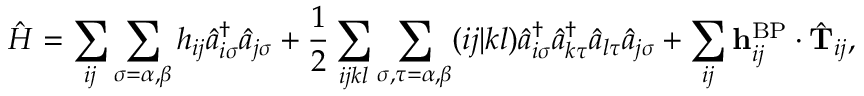
\hat { H } = \sum _ { i j } \sum _ { \sigma = \alpha , \beta } h _ { i j } \hat { a } _ { i \sigma } ^ { \dagger } \hat { a } _ { j \sigma } + \frac { 1 } { 2 } \sum _ { i j k l } \sum _ { \sigma , \tau = \alpha , \beta } ( i j | k l ) \hat { a } _ { i \sigma } ^ { \dagger } \hat { a } _ { k \tau } ^ { \dagger } \hat { a } _ { l \tau } \hat { a } _ { j \sigma } + \sum _ { i j } \mathbf { h } _ { i j } ^ { \mathrm { B P } } \cdot \hat { \mathbf { T } } _ { i j } ,